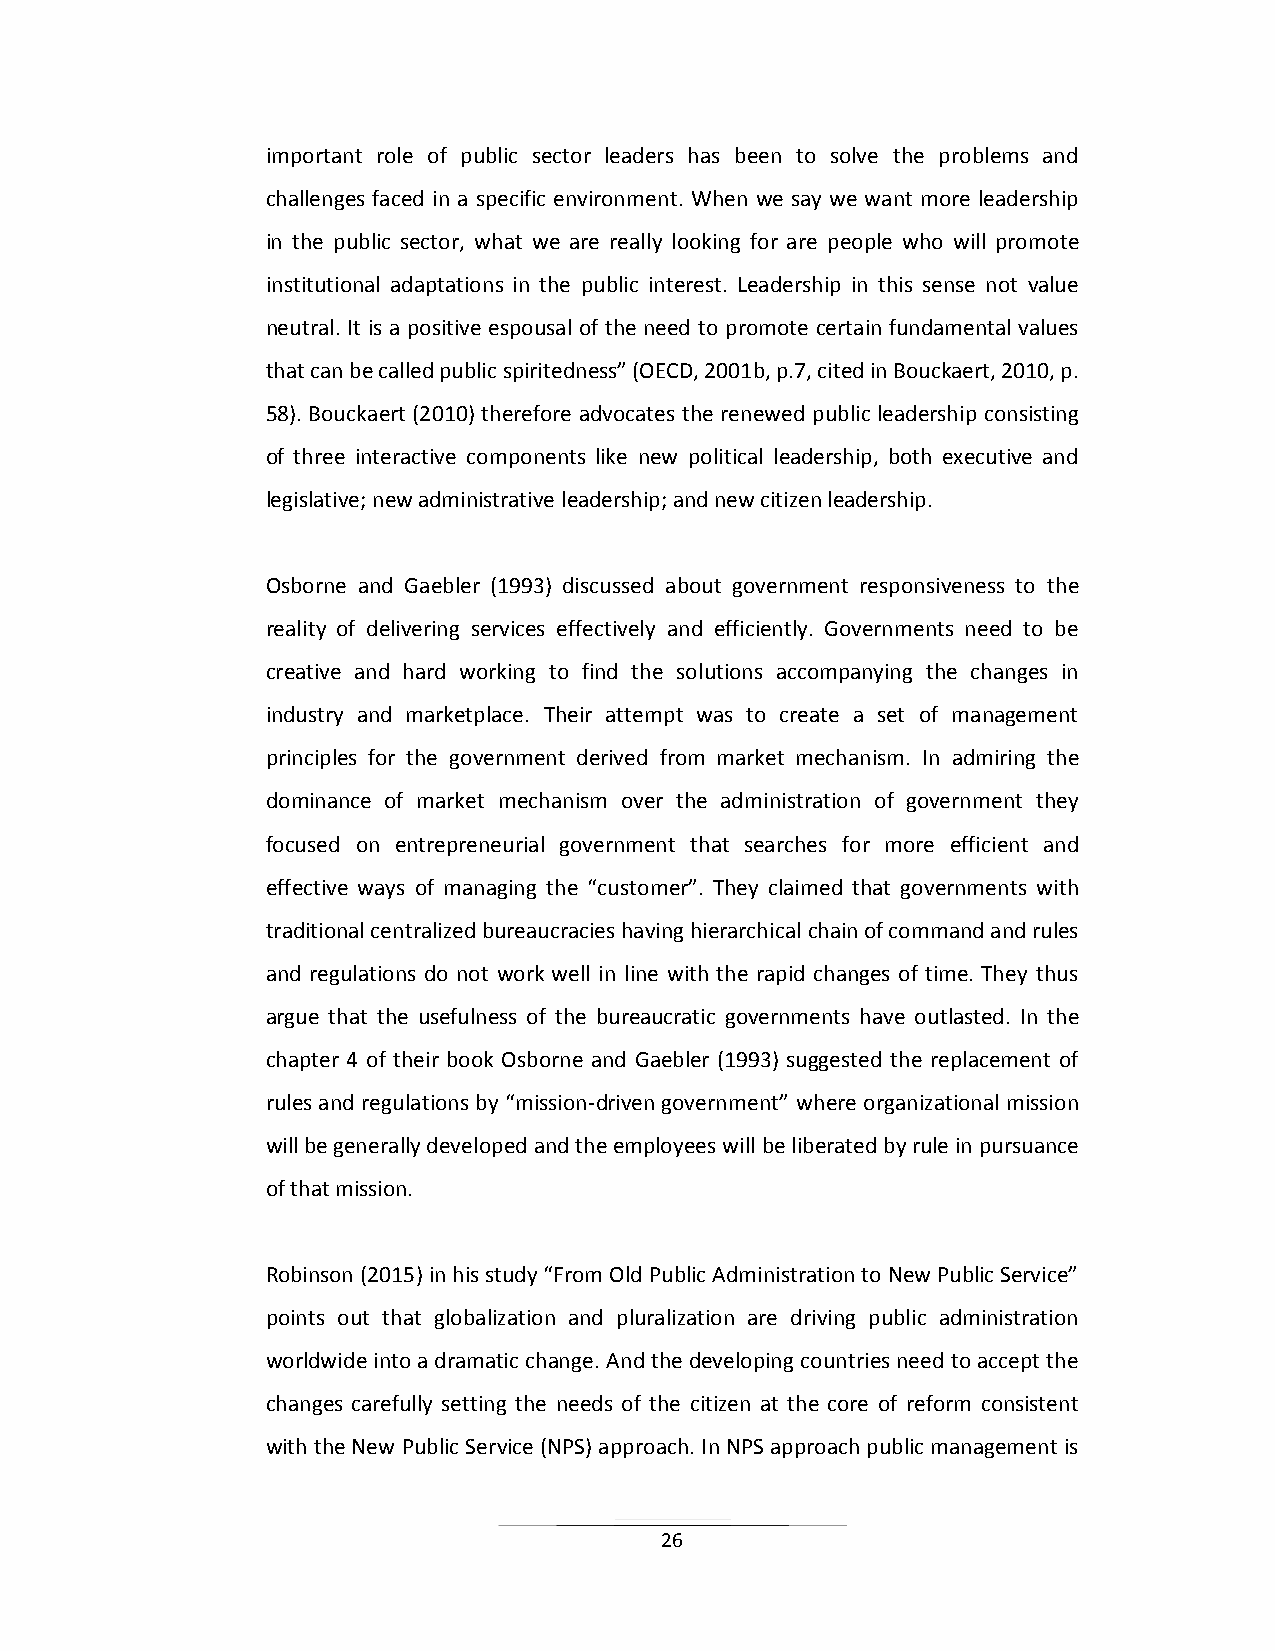
important role of public sector leaders has been to solve the problems and
 challenges faced in a specific environment. When we say we want more leadership
 in the public sector, what we are really looking for are people who will promote
 institutional adaptations in the public interest. Leadership in this sense not value
 neutral. It is a positive espousal of the need to promote certain fundamental values
 that can be called public spiritedness” (OECD, 2001b, p.7, cited in Bouckaert, 2010, p.
 58). Bouckaert (2010) therefore advocates the renewed public leadership consisting
 of three interactive components like new political leadership, both executive and
 legislative; new administrative leadership; and new citizen leadership.
 Osborne and Gaebler (1993) discussed about government responsiveness to the
 reality of delivering services effectively and efficiently. Governments need to be
 creative and hard working to find the solutions accompanying the changes in
 industry and marketplace. Their attempt was to create a set of management
 principles for the government derived from market mechanism. In admiring the
 dominance of market mechanism over the administration of government they
 focused on entrepreneurial government that searches for more efficient and
 effective ways of managing the “customer”. They claimed that governments with
 traditional centralized bureaucracies having hierarchical chain of command and rules
 and regulations do not work well in line with the rapid changes of time. They thus
 argue that the usefulness of the bureaucratic governments have outlasted. In the
 chapter 4 of their book Osborne and Gaebler (1993) suggested the replacement of
 rules and regulations by “mission-driven government” where organizational mission
 will be generally developed and the employees will be liberated by rule in pursuance
 of that mission.
 Robinson (2015) in his study “From Old Public Administration to New Public Service”
 points out that globalization and pluralization are driving public administration
 worldwide into a dramatic change. And the developing countries need to accept the
 changes carefully setting the needs of the citizen at the core of reform consistent
 with the New Public Service (NPS) approach. In NPS approach public management is
 26